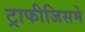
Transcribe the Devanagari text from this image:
ट्राफीजिसमे